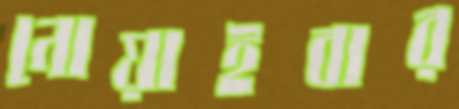
নোয়াইবার